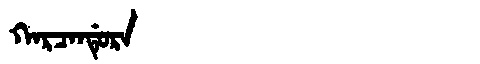
Manchu: ᡴᠠᡵᠴᠠᠨᡩᡠᡵᠠ
Romanization: KARCANDURA